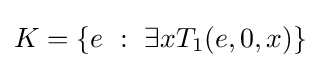
K=\{e{\mbox{ }}:{\mbox{ }}\exists xT_{1}(e,0,x)\}